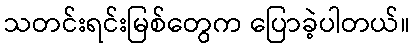
သတင်းရင်းမြစ်တွေက ပြောခဲ့ပါတယ်။